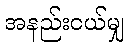
အနည်းငယ်မျှ